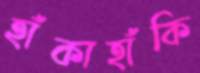
হাঁকাহাঁকি